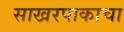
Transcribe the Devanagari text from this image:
साखरपाकाचा